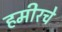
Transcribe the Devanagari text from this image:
हमीरचे